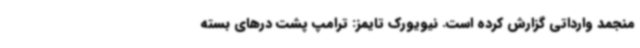
منجمد وارداتی گزارش کرده است. نیویورک تایمز: ترامپ پشت درهای بسته